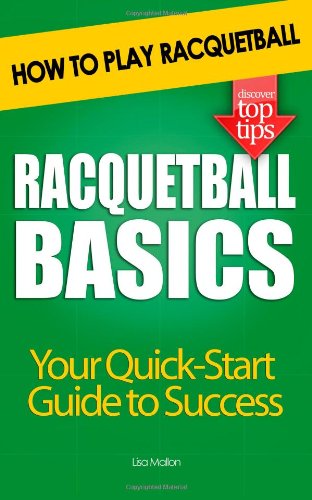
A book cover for Racquetball Basics: How to Play Racquetball; Lisa Mallon; Sports & Outdoors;